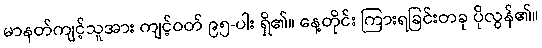
မာနတ်ကျင့်သူအား ကျင့်ဝတ် ၉၅-ပါး ရှိ၏။ နေ့တိုင်း ကြားရခြင်းတခု ပိုလွန်၏။